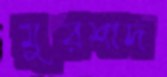
মুরশাদ